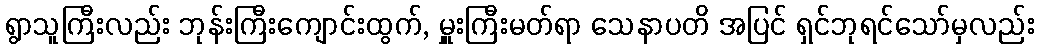
ရွာသူကြီးလည်း ဘုန်းကြီးကျောင်းထွက်, မှူးကြီးမတ်ရာ သေနာပတိ အပြင် ရှင်ဘုရင်သော်မှလည်း